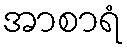
အာစာရံ